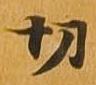
切